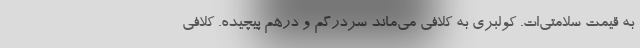
به قيمت سلامتي‌ات. كولبري به كلافي مي‌ماند سردرگم و درهم پيچيده. كلافي